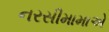
નરસીમામાએ